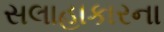
સલાહાકારના